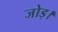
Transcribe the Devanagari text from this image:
जोड़।